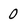
Character: 0